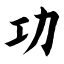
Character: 功